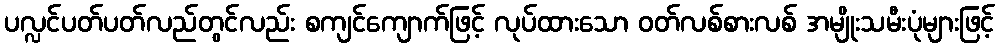
ပလ္လင်ပတ်ပတ်လည်တွင်လည်း စကျင်ကျောက်ဖြင့် လုပ်ထားသော ဝတ်လစ်စားလစ် အမျိုးသမီးပုံများဖြင့်